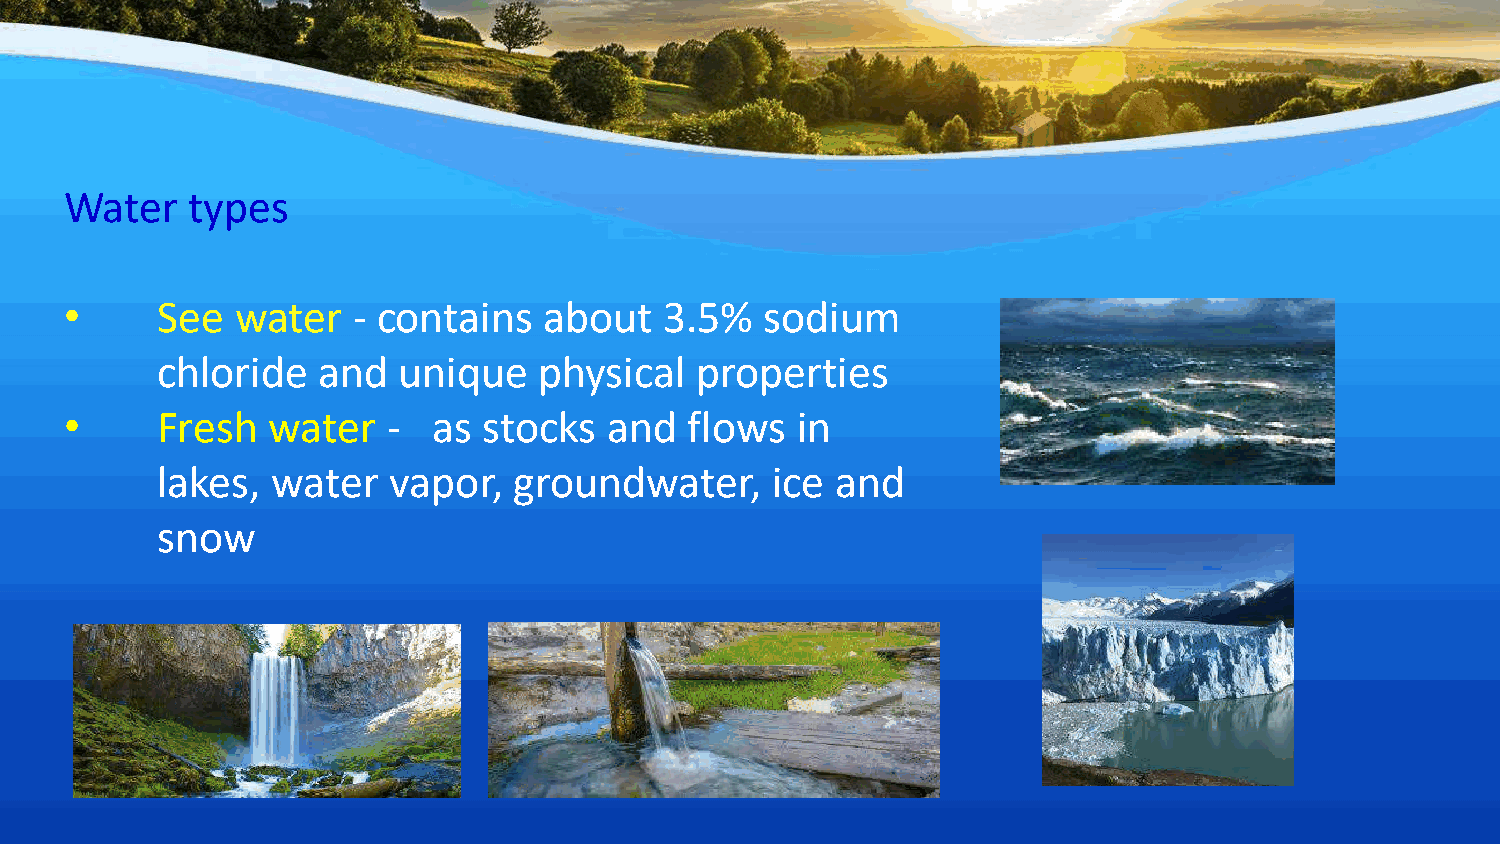
Water   types
 •     See   water  - contains   about   3.5%   sodium
 chloride   and  unique    physical  properties
 •     Fresh   water   -  as stocks  and   flows  in
 lakes,  water   vapor,  groundwater,     ice and
 snow